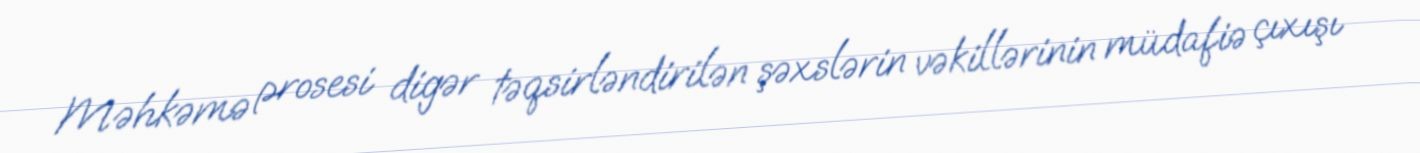
Məhkəmə prosesi digər təqsirləndirilən şəxslərin vəkillərinin müdafiə çıxışı